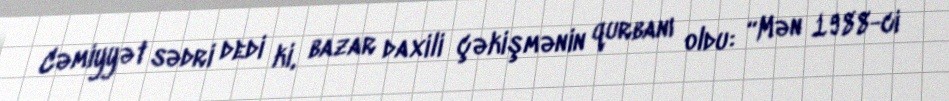
Cəmiyyət sədri dedi ki, bazar daxili çəkişmənin qurbanı oldu: “Mən 1988-ci